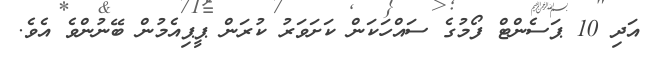
އަދި 10 ޕަސެންޓް ފޯމުގެ ސައްހަކަން ކަށަވަރު ކުރަން ޕީޕިއެމުން ބޭނުންވެ އެވެ.